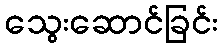
သွေးဆောင်ခြင်း